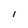
Character: I